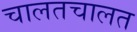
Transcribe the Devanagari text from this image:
चालतचालत